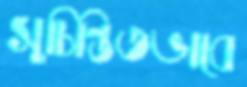
সুচিন্তিতভাবে